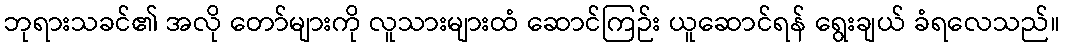
ဘုရားသခင်၏ အလို တော်များကို လူသားများထံ ဆောင်ကြဉ်း ယူဆောင်ရန် ရွေးချယ် ခံရလေသည်။